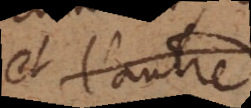
et l’autre